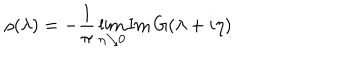
\rho ( \lambda ) = - \frac { 1 } { \pi } \lim _ { \eta \searrow 0 } \mathrm { I m } \, G ( \lambda + i \eta )